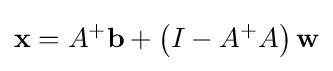
\mathbf {x} =A^{+}\mathbf {b} +\left(I-A^{+}A\right)\mathbf {w}